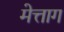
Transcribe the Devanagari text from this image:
मेत्ताग